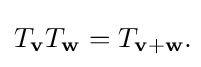
T_{\mathbf {v} }T_{\mathbf {w} }=T_{\mathbf {v} +\mathbf {w} }.\!